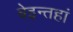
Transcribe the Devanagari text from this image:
बेइन्तहां